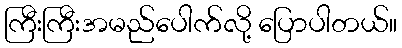
ကြီးကြီးအမည်ပေါက်လို့ ပြောပါတယ်။